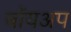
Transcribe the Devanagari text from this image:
बॉयअप